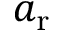
a _ { \mathrm { r } }